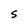
Character: S